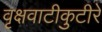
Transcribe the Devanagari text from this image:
वृक्षवाटीकुटीरे